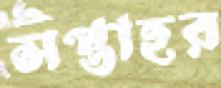
সপ্তাহর